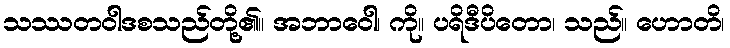
သဿတဝါဒစသည်တို့၏။ အဘာဝေါ၊ ကို။ ပရိဒီပိတော၊ သည်။ ဟောတိ၊